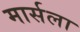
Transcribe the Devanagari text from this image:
मार्सला